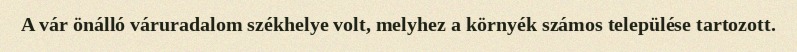
A vár önálló váruradalom székhelye volt, melyhez a környék számos települése tartozott.